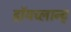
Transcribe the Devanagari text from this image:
डॉयच्लान्ट्